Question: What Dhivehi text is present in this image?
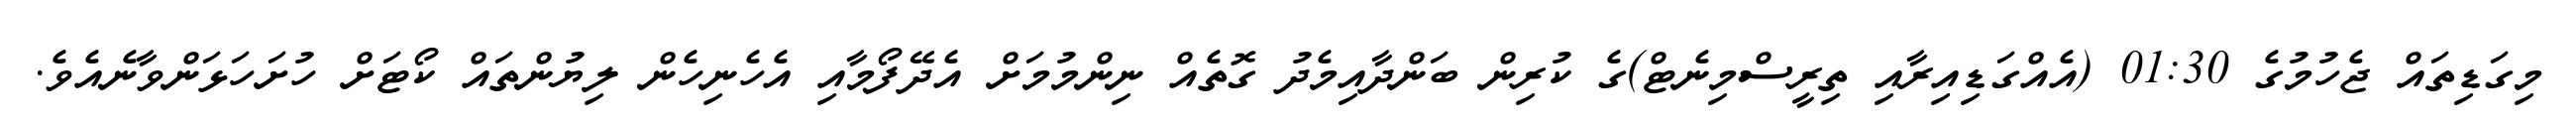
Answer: މިގަޑިތައް ޖެހުމުގެ 01:30 (އެއްގަޑިއިރާއި ތިރީސްމިނެޓް)ގެ ކުރިން ބަންދާއިމެދު ގޮތެއް ނިންމުމަށް އެދޭފޯމާއި އެހެނިހެން ލިޔުންތައް ކޯޓަށް ހުށަހަޅަންވާނެއެވެ.